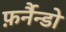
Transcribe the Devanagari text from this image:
फ़र्नैन्डो